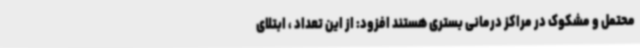
محتمل و مشکوک در مراکز درمانی بستری هستند افزود: از این تعداد ، ابتلای